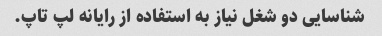
شناسایی دو شغل نیاز به استفاده از رایانه لپ تاپ.